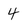
Character: 4